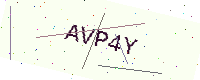
Text: AVP4Y